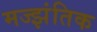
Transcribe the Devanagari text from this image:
मज्झंतिक